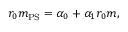
r _ { 0 } m _ { \mathrm { P S } } ^ { } = \alpha _ { 0 } + \alpha _ { 1 } r _ { 0 } m ,